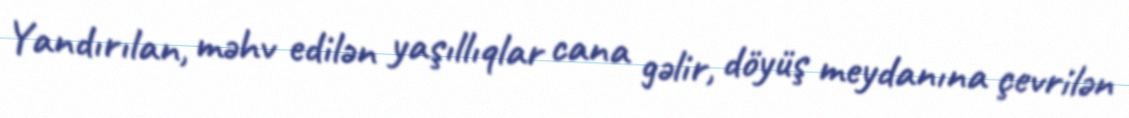
Yandırılan, məhv edilən yaşıllıqlar cana gəlir, döyüş meydanına çevrilən